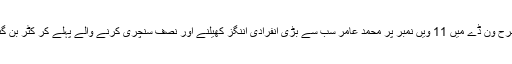
اسطرح وَن ڈے میں 11 ویں نمبر پر محمد عامر سب سے بڑی انفرادی اننگز کھیلنے اور نصف سنچری کرنے والے پہلے کر کٹر بن گئے۔